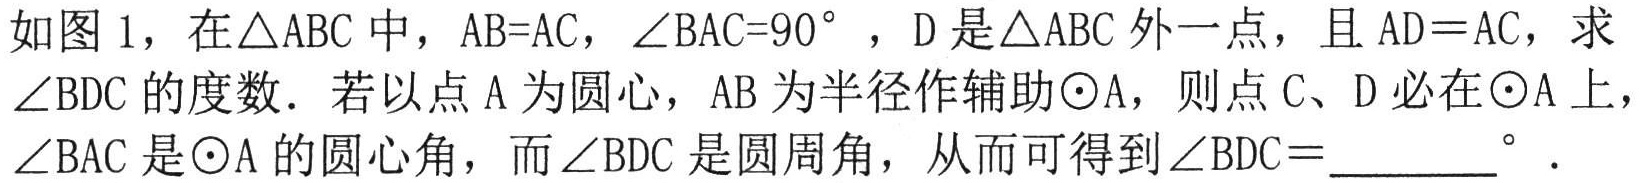
如图 1，在$\triangle ABC$中，$AB = AC$，$\angle BAC = 90^{\circ}$，$D$是$\triangle ABC$外一点，且$AD = AC$，求$\angle BDC$的度数．若以点$A$为圆心，$AB$为半径作辅助$\odot A$，则点$C、D$必在$\odot A$上，$\angle BAC$是$\odot A$的圆心角，而$\angle BDC$是圆周角，从而可得到$\angle BDC = \_\_\_\_\_^{\circ}$．